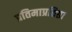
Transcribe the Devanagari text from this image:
प्रतिमाप्रतिष्ठा